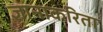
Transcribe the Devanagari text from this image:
ज्ञानाकरिता